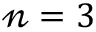
\mathscr { n } = 3